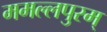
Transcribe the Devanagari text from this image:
ममल्लपुरम्